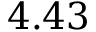
4 . 4 3